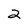
Character: 2